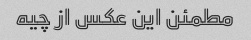
مطمئن این عکس از چیه